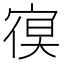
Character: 𭔁